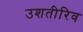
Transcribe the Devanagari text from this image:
उशतीरिव